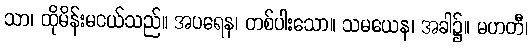
သာ၊ ထိုမိန်းမငယ်သည်။ အပရေန၊ တစ်ပါးသော။ သမယေန၊ အခါ၌။ မဟတီ၊